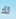
لك